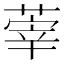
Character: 䔂